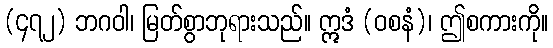
(၄၇၂) ဘဂဝါ၊ မြတ်စွာဘုရားသည်။ ဣဒံ (ဝစနံ)၊ ဤစကားကို။